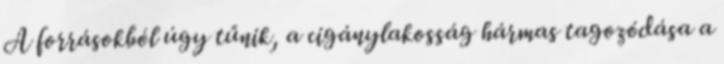
A forrásokból úgy tűnik, a cigánylakosság hármas tagozódása a